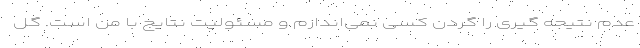
عدم نتیجه گیری را گردن کسی نمی‌اندازم و مسئولیت نتایج با من است. گل